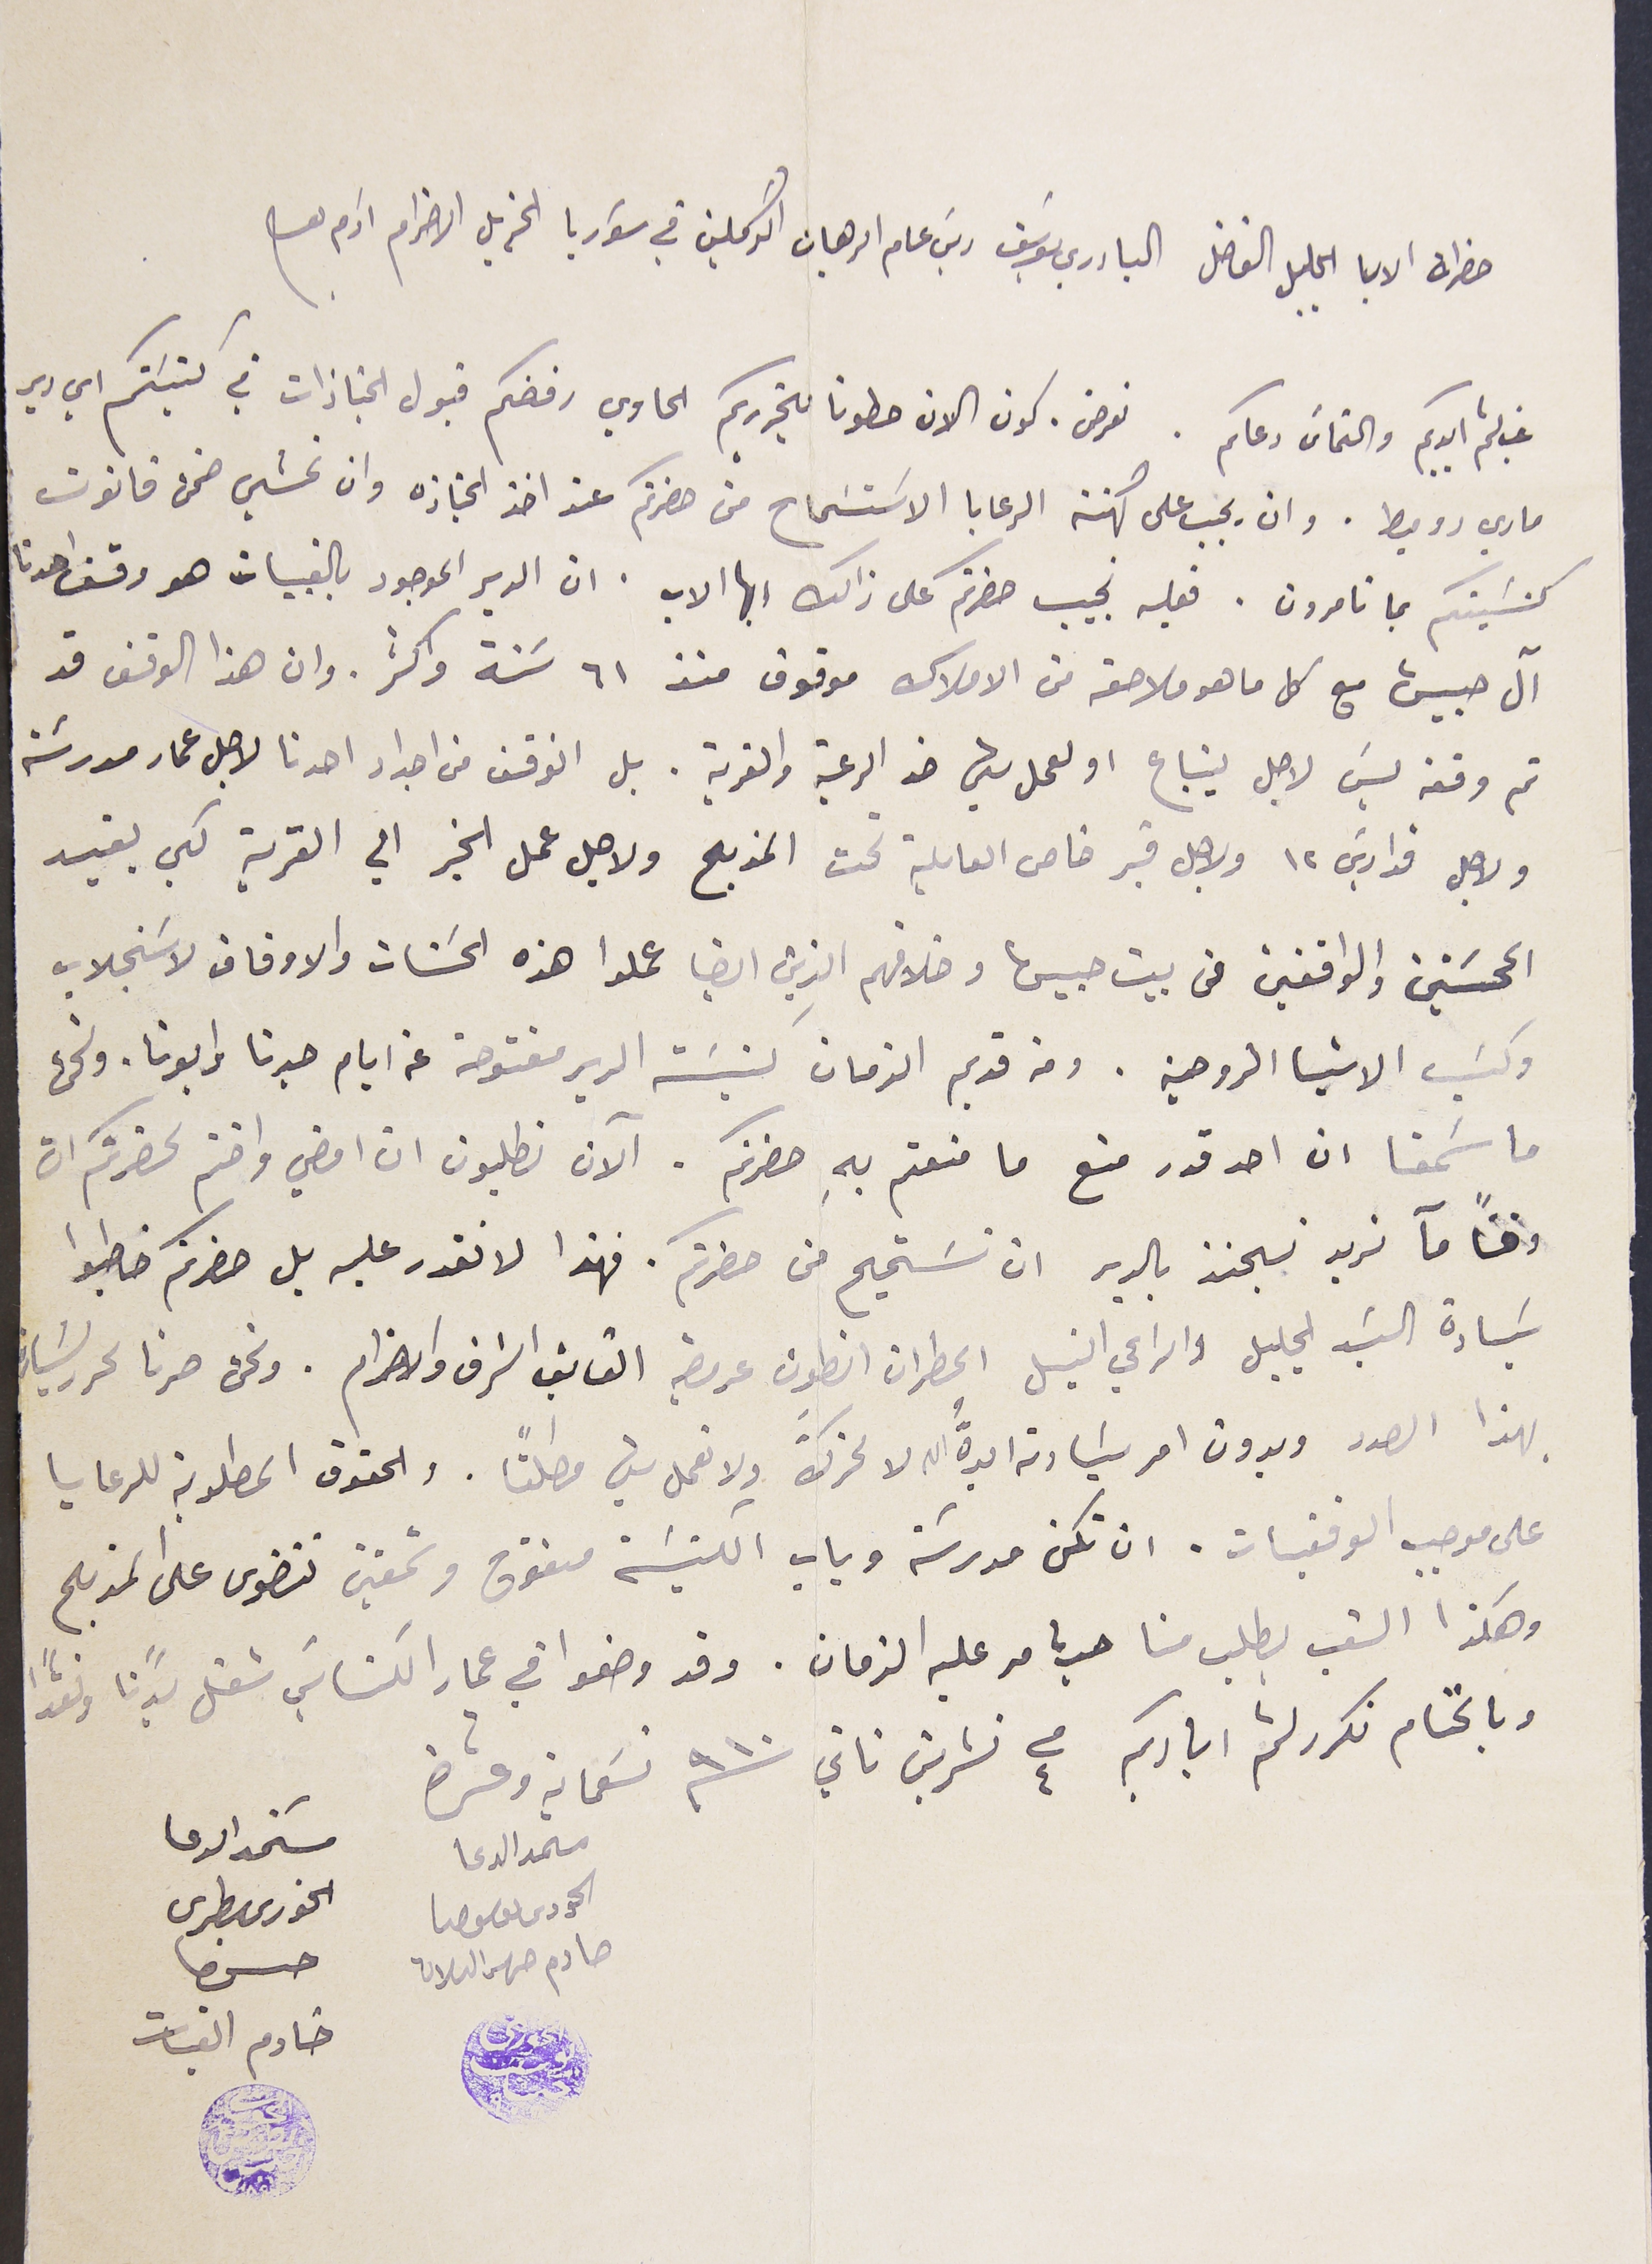
حضرات الابا الجليل الفاضل الباري يوسَف ريسَ عام الرهبان الكرملين في سَوريا الجزيل الاحترام ادام بقاه
غب لثم ايديكم والثماسَ دعاكم. نعرض. كون الان حطونا بتحريركم الحاوي رفضكم قبول الجنازات في كنيسَتكم اي دير
ماري دوميط. وان يجب على كهنة الرعايا الاسَتسَماح من حضرتكم عند اخذ الجنازه وان نمشي ضمن قانون
كنسَيتكم بما تامرون. فعليه نجيب حضرتكم على ذالك ايها الاب. ان الدير الموجود بالقبيات هو وقف احدنا
آل حبيش مع كل ما هو ملاصقه من الاملاك موقوف منذ ٦١ سَنة واكثر. وان هذا الوقف قد
تم وقفه ليسَ لاجل ينباع او لعمل شي ضد الرعية والقرية. بل الواقف من اجداد احدنا لاجل عمار مدرسَة
ولاجل قداديسَ ١٢ ولاجل قبر خاص العايله تحت المذبح ولاجل عمل الخير الي القرية لكي يفيد
المحسَنين والواقفين من بيت حبيش وخلافهم الذين ايضا عملوا هذه الحسَنات والاوقاف لاسَتجلاب
وكسَب الاشيا الروحية. ومن قديم الزمان كنيسَة الدير مفتوحة عن ايام جدنا وابونا. ونحن
ما سَمعنا ان احد قدر منع ما منعتم بهِ حضرتكم. الآن تطلبون ان امضي واختم لحضرتكم ان
وقتاًمآ نريد نجنز بالدير ان نسَتميح من حضرتكم. فهذا لا نقدر عليه بل حضرتكم خاطبوا
سَيادة السَيد الجليل والراعي النبيل المطران انطون عريضه الفايق الشرف والاحترام. ونحن صرنا نحرر لسَيادة
بهذا الصدد وبدون امر سَيادته ايدهُّ الله لا نحرك ولا نعمل شيء مطلقًا. والحقوق المطلوبة للرعايا
على موجب الوقفيات. ان تكن مدرسَة وباب الكنيسَة مفتوح وشمعتين تتضوى على المذبح
وهكذا الشعب بطلب منا حسب ما مر عليه الزمان. وقد وضعوا في عمار الكناسَي شغل بدنًا ونقدًا
وبالختام نكرر لثم اياديكم فى ٤ تشرين ثاني  ٩١٠ تسعماية وعشرة
مسىمد الدعا مسَتمد الدعا
الحورى ىوسف حنا  الحورى بطرس
خادم القبات

حادم صهر الىلان             حسن